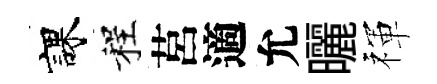
課程莒適允曬禈